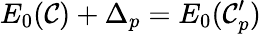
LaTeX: E_{0}(\mathcal{C})+\Delta_{p}=E_{0}(\mathcal{C}_{p}^{\prime})